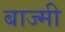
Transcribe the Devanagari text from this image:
बाज्मी